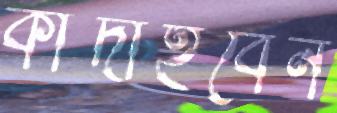
কাঁদাইবেন